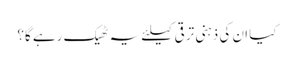
کیا ان کی ذہنی ترقی کیلئے یہ ٹھیک رہے گا؟